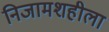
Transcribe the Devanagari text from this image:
निजामशहीला